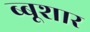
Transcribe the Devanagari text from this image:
ब्बूशार